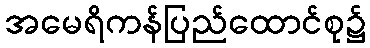
အမေရိကန်ပြည်ထောင်စု၌